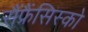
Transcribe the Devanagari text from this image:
सैंफ्रैंसिस्को